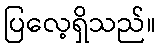
ပြလေ့ရှိသည်။